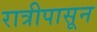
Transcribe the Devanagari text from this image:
रात्रीपासून